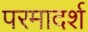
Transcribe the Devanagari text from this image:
परमादर्श